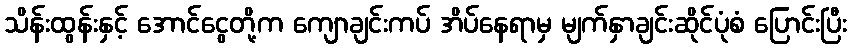
သိန်းထွန်းနှင့် အောင်ငွေတို့က ကျောချင်းကပ် အိပ်နေရာမှ မျက်နှာချင်းဆိုင်ပုံစံ ပြောင်းပြီး